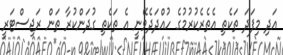
އަދި މިފަދަ ތަކެތި އެތެރެކުރުމުގެ ހުއްދަދެވޭނީ އެ ތަކެތި ގުދަންކުރާ ތަން ރަޖިސްޓަރީ